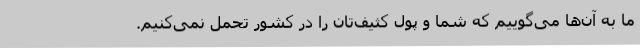
ما به آن‌ها می‌گوییم که شما و پول کثیف‌تان را در کشور تحمل نمی‌کنیم.